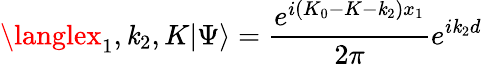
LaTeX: \langlex_{1},\mathit{k}_{2},K|\Psi\rangle=\frac{{e^{i(K_{0}-K-\mathit{k}_{2})x_{1}}}}{{2\pi}}e^{i\mathit{k}_{2}d}